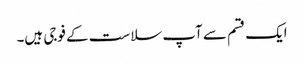
ایک قسم سے آپ سلاست کے فوجی ہیں۔